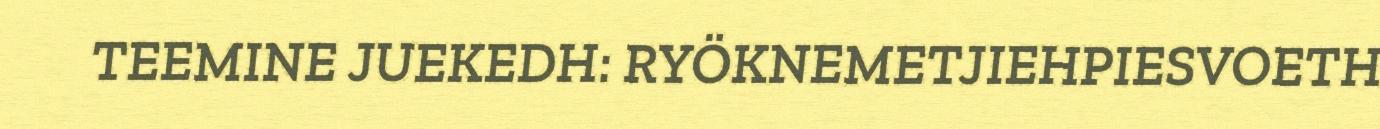
TEEMINE JUEKEDH: RYÖKNEMETJIEHPIESVOETH